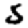
Digit: 5